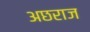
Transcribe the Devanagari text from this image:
अछराज